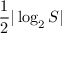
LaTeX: { \frac { 1 } { 2 } } \vert \log _ { 2 } S \vert